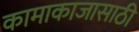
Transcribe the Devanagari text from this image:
कामाकाजासाठी